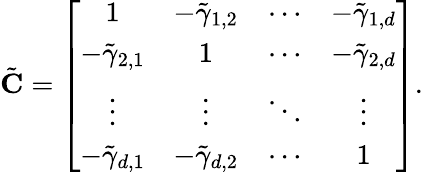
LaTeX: \begin{array}{r}{\tilde{{\mathbf C}}=\left[\begin{array}{cccc}{1}&{-\tilde{\gamma}_{1,2}}&{\cdots}&{-\tilde{\gamma}_{1,d}}\\ {-\tilde{\gamma}_{2,1}}&{1}&{\cdots}&{-\tilde{\gamma}_{2,d}}\\ {\vdots}&{\vdots}&{\ddots}&{\vdots}\\ {-\tilde{\gamma}_{d,1}}&{-\tilde{\gamma}_{d,2}}&{\cdots}&{1}\end{array}\right].}\end{array}